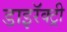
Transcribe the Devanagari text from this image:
डाइरॅक्ट्री